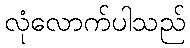
လုံလောက်ပါသည်